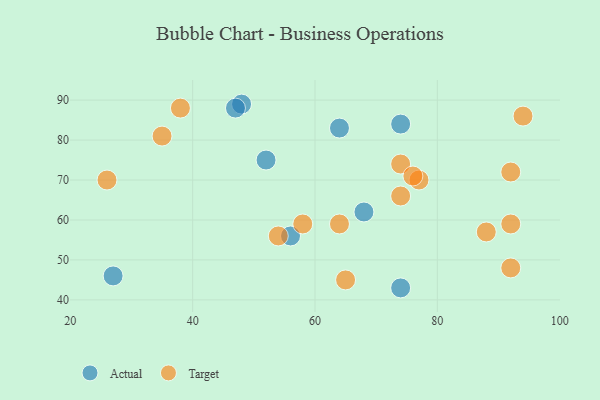
{"axis": {"x": "GDP", "y": "Life Expectancy"}, "legend": ["Actual", "Target"], "data": [{"x": "52", "y": 75, "type": "Actual"}, {"x": "27", "y": 46, "type": "Actual"}, {"x": "56", "y": 56, "type": "Actual"}, {"x": "68", "y": 62, "type": "Actual"}, {"x": "74", "y": 84, "type": "Actual"}, {"x": "64", "y": 83, "type": "Actual"}, {"x": "74", "y": 43, "type": "Actual"}, {"x": "48", "y": 89, "type": "Actual"}, {"x": "47", "y": 88, "type": "Actual"}, {"x": "92", "y": 59, "type": "Target"}, {"x": "77", "y": 70, "type": "Target"}, {"x": "64", "y": 59, "type": "Target"}, {"x": "92", "y": 48, "type": "Target"}, {"x": "58", "y": 59, "type": "Target"}, {"x": "88", "y": 57, "type": "Target"}, {"x": "54", "y": 56, "type": "Target"}, {"x": "74", "y": 66, "type": "Target"}, {"x": "38", "y": 88, "type": "Target"}, {"x": "35", "y": 81, "type": "Target"}, {"x": "26", "y": 70, "type": "Target"}, {"x": "92", "y": 72, "type": "Target"}, {"x": "74", "y": 74, "type": "Target"}, {"x": "65", "y": 45, "type": "Target"}, {"x": "76", "y": 71, "type": "Target"}, {"x": "94", "y": 86, "type": "Target"}]}